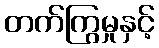
တက်ကြွမှုနှင့်